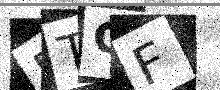
Text: 5TGF